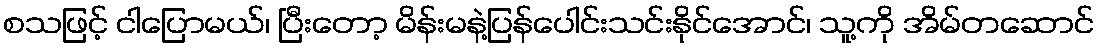
စသဖြင့် ငါပြောမယ်၊ ပြီးတော့ မိန်းမနဲ့ပြန်ပေါင်းသင်းနိုင်အောင်၊ သူ့ကို အိမ်တဆောင်